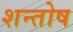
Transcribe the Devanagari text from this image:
शन्तोष